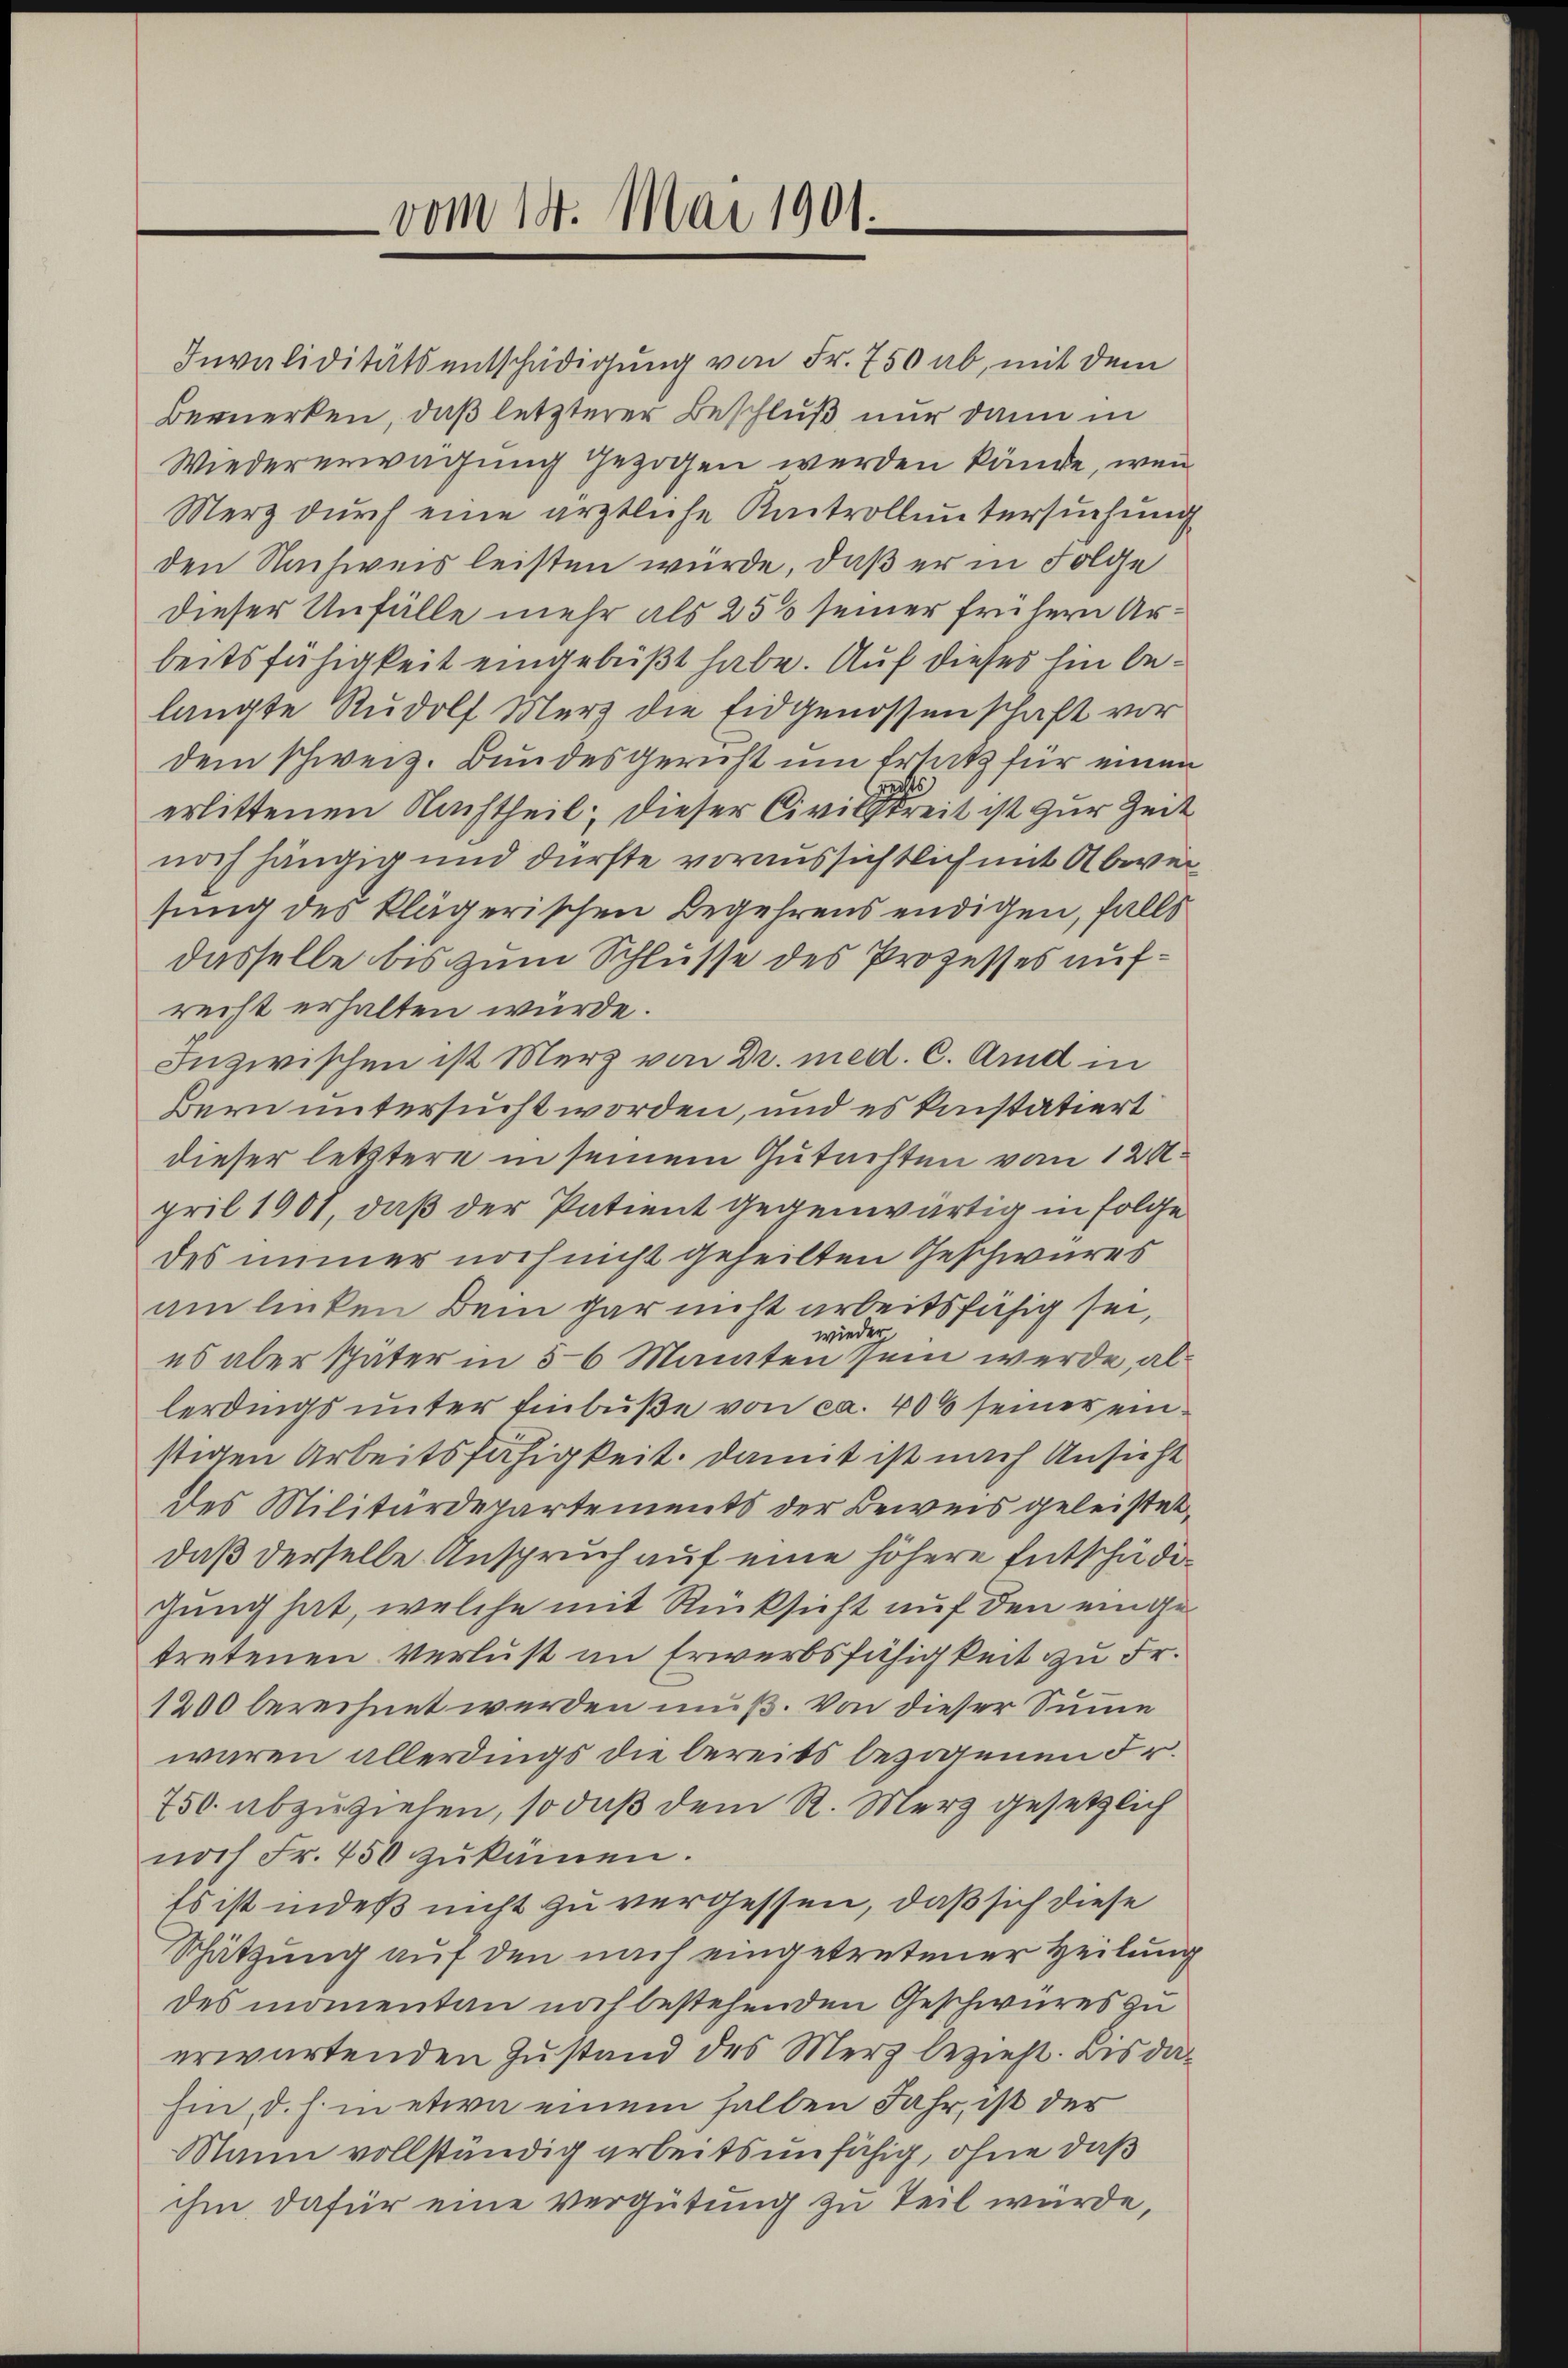
Invaliditätsentschädigung von Fr. 750 ab, mit dem
Bemerken, daß letzterer Beschluß nur dann in
Wiedererwägung gezogen werden kände, wenn
Merz durch eine ärztliche Kontroll untersuchung
den Nachweis leisten wurde, daß er in Folge
dieser Unfälle mehr als 25 seiner frühern Arbeitsfähigkeit eingebüßt habe. Auf dieses hin belangte Rudolf Merz die Eidgenossenschaft vor
dem schweiz. Bundesgericht um Ersatz für einen
erlittenen Nachtheil; dieser Civilstreit ist zur Zeit
noch hängig und dürfte voraussichtlich mit Abweisung des klägerischen Begehrens endigen, falls
dasselbe bis zum Schlüsse des Prozesses aufrecht erhalten würde.
Inzwischen ist Merz von Dr. med. C. Arnd in
Bern untersucht worden, und es kinstatiert
dieser letztere in seinem Gutachten vom 120.
pril 1901, daß der Patient gegenwärtig in Folge
des immer noch nicht geheilten Geschwures
am linken Bein gar nicht arbeitsfähig sei,
wieder
es aber später in 5-6 Manten sein werde, allerdings unter Einbuße von ca. 406 seiner einstigen Arbeitsfähigkeit. Damit ist nach Ansicht
des Militärdepartements der Beweis geleistet,
daß derselbe Anspruch auf eine höhere Entschädigung hat, welche mit Rücksicht auf den eingetretenen Verlust im Erwerbsfähigkeit zu Fr.
1200 berechnet werden muß. Von dieser Summe
waren allerdings die bereits bezogenen Fr.
750 abzuziehen, so daß dem R. Merz gesetzlich
noch Fr. 450 zŭkamen.
Es ist indeß nicht zu vergessen, daß sich diese
Schätzung auf den nach eingetretener Heilung
des monentan noch bestehenden Geschwures zu
erwartenden Zustand des Merz bezieht. Bis dahin, d. h. in etwa einem halben Jahr, ist der
Mann vollständig arbeitsunfähig, ohne daß
ihm dafür eine vergütung zu Teil würde,

vom 18. Mai 1901.